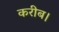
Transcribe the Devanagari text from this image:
करीब।